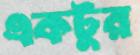
একটুর